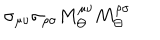
LaTeX: \sigma _ { \mu \nu } \sigma _ { \rho \sigma } M _ { \Theta } ^ { \mu \nu } M _ { \Theta } ^ { \rho \sigma }